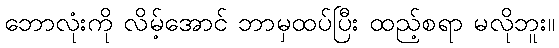
ဘောလုံးကို လိမ့်အောင် ဘာမှထပ်ပြီး ထည့်စရာ မလိုဘူး။